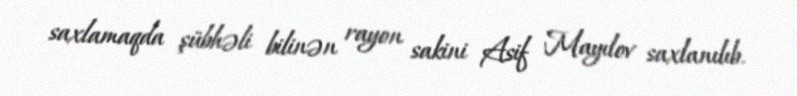
saxlamaqda şübhəli bilinən rayon sakini Asif Mayılov saxlanılıb.